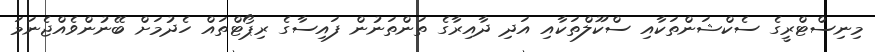
މިނިސްޓްރީގެ ސެކްޝަންތަކާއި ސްކޫލްތަކާއި އަދި ދާއިރާގެ ތަންތަނުން ފައިސާގެ ރިޕޯޓްތައް ހެދުމަށް ބޭނުންވެއްޖެނަމަ